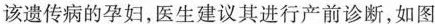
该遗传病的孕妇，医生建议其进行产前诊断，如图